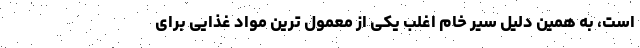
است، به همین دلیل سیر خام اغلب یکی از معمول ترین مواد غذایی برای